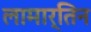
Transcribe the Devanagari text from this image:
लामार्तिन